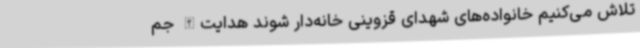
تلاش می‌کنیم خانواده‌های شهدای قزوینی خانه‌دار شوند هدایت‌الله جم